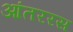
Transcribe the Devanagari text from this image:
आंतररस